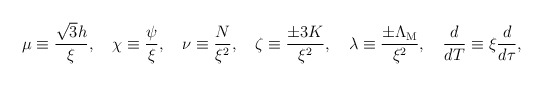
\begin{align*}\mu\equiv \frac{\sqrt3h}{\xi}, \quad\chi\equiv \frac{\psi}{\xi}, \quad\nu\equiv \frac{N}{\xi^2}, \quad\zeta\equiv \frac{\pm 3 K}{\xi^2}, \quad\lambda\equiv \frac{\pm \Lambda_{\rm M}}{\xi^2}, \quad\frac{d}{dT}\equiv \xi \frac{d}{d\tau},\end{align*}